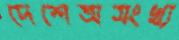
দেশেঅসংখ্য